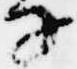
子